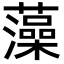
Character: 藻